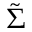
\tilde { \Sigma }